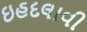
ઇહદલાવી